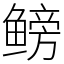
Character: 鳑